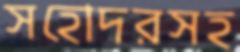
সহোদরসহ